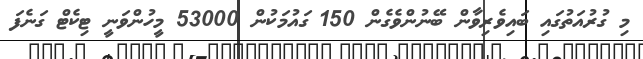
މި ގުރުއަތުގައި ބައިވެރިވާން ބޭނުންވެގެން 150 ގައުމަކުން 53000 މީހުންވަނީ ޓިކެޓް ގަނެފަ